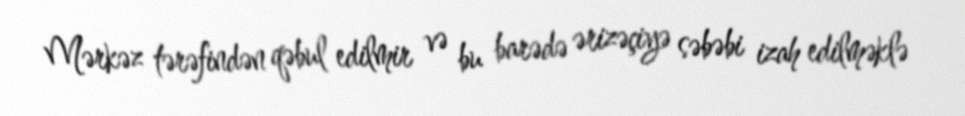
Mərkəz tərəfindən qəbul edilmir və bu barədə ərizəçiyə səbəbi izah edilməklə